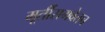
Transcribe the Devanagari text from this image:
मूर्तीसमवेतच